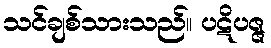
သင်ချစ်သားသည်။ ပဋိပဇ္ဇ